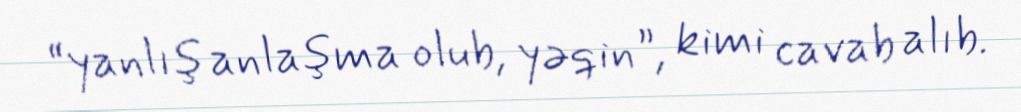
“yanlış anlaşma olub, yəqin”, kimi cavab alıb.